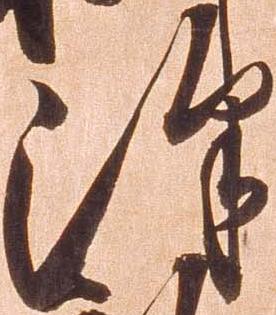
沢